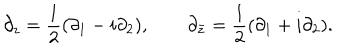
LaTeX: \partial _ { z } = \frac { 1 } { 2 } ( \partial _ { 1 } - i \partial _ { 2 } ) , \qquad \partial _ { \bar { z } } = \frac { 1 } { 2 } ( \partial _ { 1 } + i \partial _ { 2 } ) .